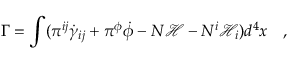
\Gamma = \int ( \pi ^ { i j } \dot { \gamma } _ { i j } + \pi ^ { \phi } \dot { \phi } - N { \mathcal { H } } - N ^ { i } { \mathcal { H } } _ { i } ) d ^ { 4 } x ~ ~ ~ ,